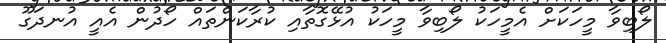
ލޯބިވާ މީހަކަށް އެމީހަކު ލޯބިވާ މީހަކު އުޅޭގޮތާއި ކުރާކަންތައް ހޯދުން އެއީ އުނދަގޫ